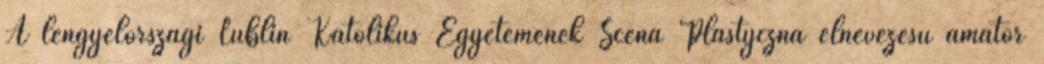
A lengyelországi Lublin Katolikus Egyetemének Scena Plastyczna elnevezésű amatőr